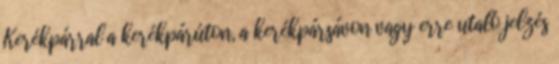
Kerékpárral a kerékpárúton, a kerékpársávon vagy erre utaló jelzés